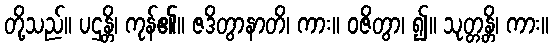
တို့သည်။ ပဌန္တိ၊ ကုန်၏။ ဇဒိတွာနာတိ၊ ကား။ ဝဇိတွာ၊ ၍။ သုတ္တန္တိ၊ ကား။